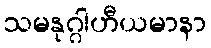
သမနုဂ္ဂါဟီယမာနာ